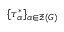
\{ \tau _ { \alpha } ^ { * } \} _ { \alpha \in \Xi ( G ) }